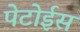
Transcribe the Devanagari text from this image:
पेटोईस